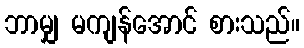
ဘာမျှ မကျန်အောင် စားသည်။